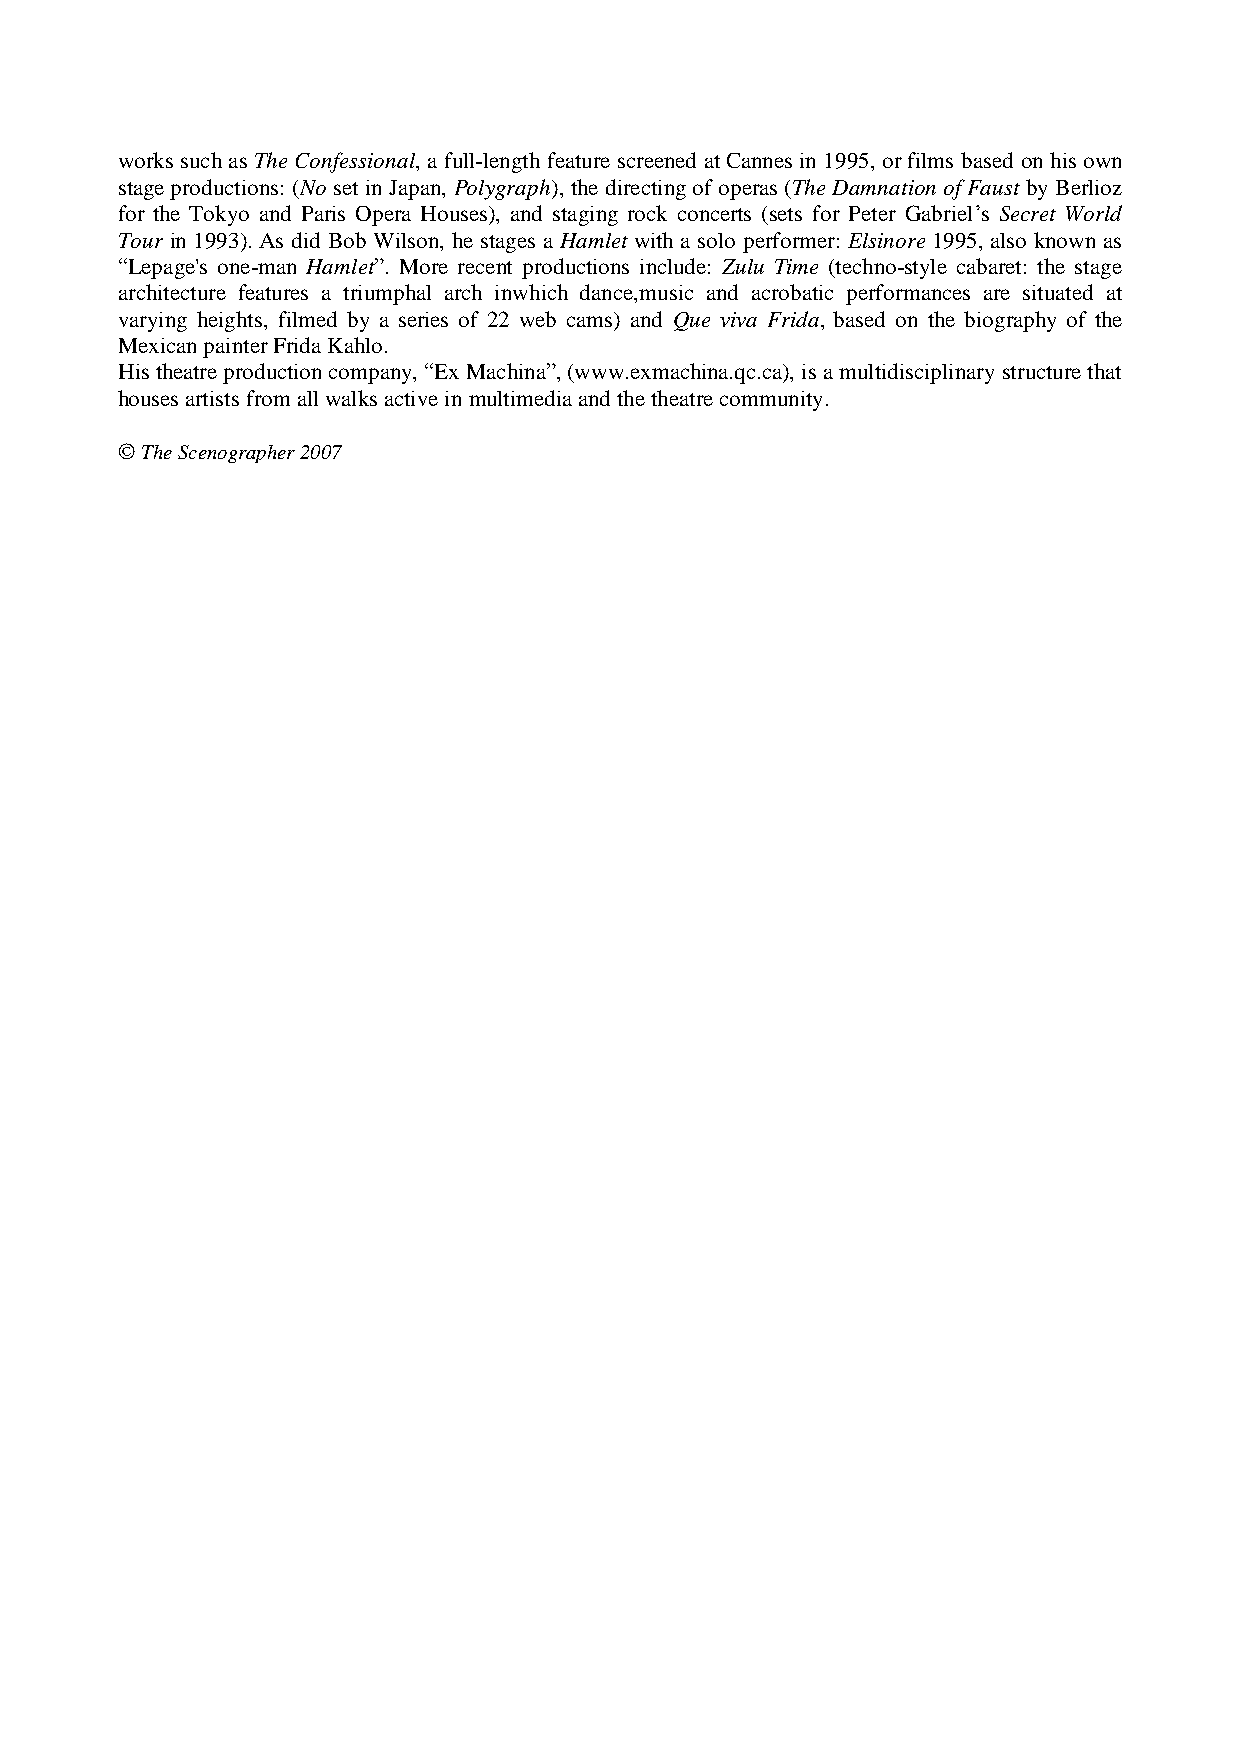
works such as The Confessional, a full-length feature screened at Cannes in 1995, or films based on his own
 stage productions: (No set in Japan, Polygraph), the directing of operas (The Damnation of Faust by Berlioz
 for the Tokyo and Paris Opera Houses), and staging rock concerts (sets for Peter Gabriel’s Secret World
 Tour in 1993). As did Bob Wilson, he stages a Hamlet with a solo performer: Elsinore 1995, also known as
 “Lepage's one-man Hamlet”. More recent productions include: Zulu Time (techno-style cabaret: the stage
 architecture features a triumphal arch inwhich dance,music and acrobatic performances are situated at
 varying heights, filmed by a series of 22 web cams) and Que viva Frida, based on the biography of the
 Mexican painter Frida Kahlo.
 His theatre production company, “Ex Machina”, (www.exmachina.qc.ca), is a multidisciplinary structure that
 houses artists from all walks active in multimedia and the theatre community.
 © The Scenographer 2007